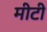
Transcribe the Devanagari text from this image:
मीटी